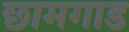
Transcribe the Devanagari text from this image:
छामगाड